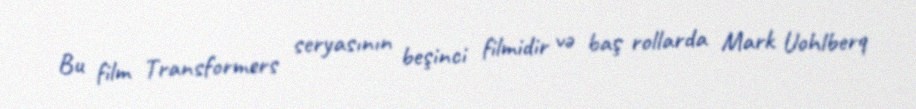
Bu film Transformers seryasının beşinci filmidir və baş rollarda Mark Uohlberq